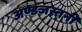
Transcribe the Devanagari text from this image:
अण्डजस्तनी